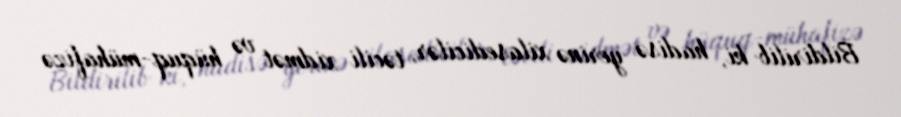
Bildirilib ki, hadisə yerinə xilasedicilər, təcili xidmət və hüquq-mühafizə